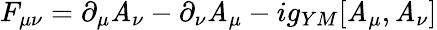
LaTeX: F_{\mu\nu}=\partial_{\mu}\mathit{A}_{\nu}-\partial_{\nu}\mathit{A}_{\mu}-ig_{YM}[\mathit{A}_{\mu},\mathit{A}_{\nu}]